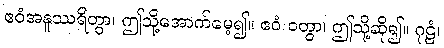
ဧဝံအနူဿရိတွာ၊ ဤသို့အောက်မေ့၍။ ဧဝံ ဝတွာ၊ ဤသို့ဆို၍။ ဂုဠံ၊